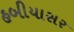
હબીયાસર